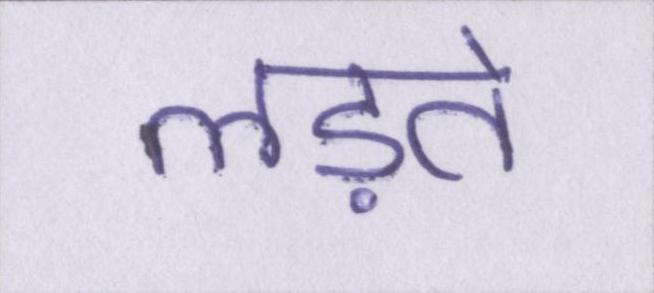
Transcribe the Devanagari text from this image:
लड़ते